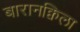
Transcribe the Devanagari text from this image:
बारानक्विला